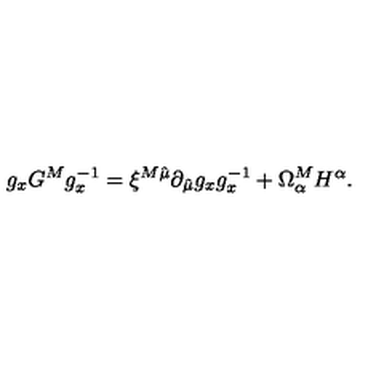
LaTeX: g _ { x } G ^ { M } g _ { x } ^ { - 1 } = \xi ^ { M \hat { \mu } } \partial _ { \hat { \mu } } g _ { x } g _ { x } ^ { - 1 } + \Omega _ { \alpha } ^ { M } H ^ { \alpha } .